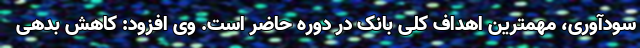
سودآوری، مهمترین اهداف کلی بانک در دوره حاضر است. وی افزود: کاهش بدهی